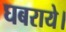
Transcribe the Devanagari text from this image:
घबराये।